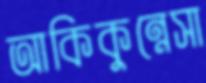
আকিকুন্নেসা